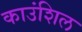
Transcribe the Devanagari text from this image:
काउंशिल